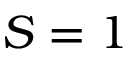
S = 1